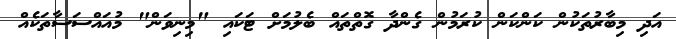
އަދި މިބާރުތަކުން ކަންކަން ކުރަމުން ގެންދާ ގޮތްތައް ބެލުމަށް ޓަކައި "މިނިވަން" މުއައްސަސާތަކެއް